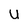
Character: u